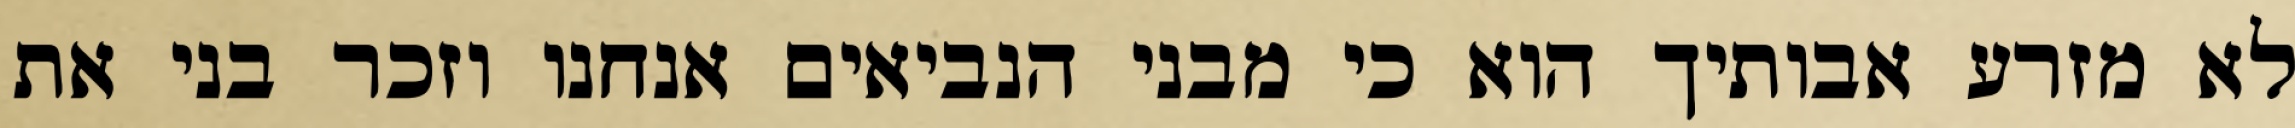
לא מזרע אבותיך הוא כי מבני הנביאים אנחנו וזכר בני את